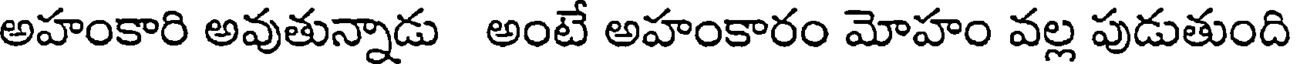
అహంకారి అవుతున్నాడు అంటే అహంకారం మోహం వల్ల పుడుతుంది